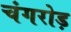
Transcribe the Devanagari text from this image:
चंगरोड़